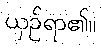
ယှဉ်ရာ၏။